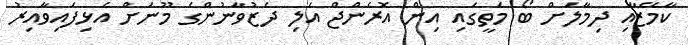
ކާމޭޒާއި ދިމާލަށް ބޯ މަތީގައި އިން އޮރެންޖް އަލި ދެޒުވާނުންގެ މޫނަށް އެޅިފައިވާއިރު